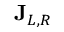
\mathbf { J } _ { L , R }